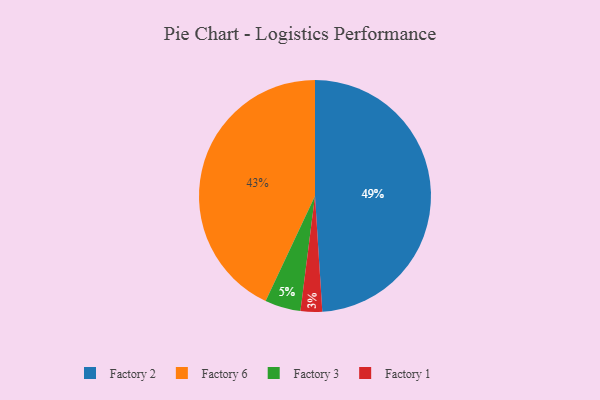
{"axis": {"x": "Category", "y": "Percentage"}, "legend": ["Factory 1", "Factory 2", "Factory 3", "Factory 6"], "data": [{"x": "Factory 6", "y": 43, "type": "Factory 6"}, {"x": "Factory 1", "y": 3, "type": "Factory 1"}, {"x": "Factory 2", "y": 49, "type": "Factory 2"}, {"x": "Factory 3", "y": 5, "type": "Factory 3"}]}